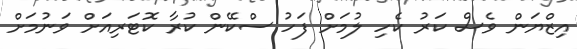
އިޒްޔަން ވެސް ކަރު ކެހި ލުމަށް ފަހު ސްކޭން ކުރާ ކޮޓަރިއަށް ވަނުމަށް